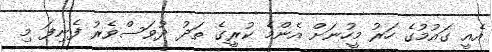
އެއީ ގައުމުގެ ހަރު މީހުނަށް އެންމެ ކުރީގެ ތަދު ދުވަސްވެރު ފެނިފަ މި